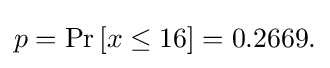
p=\Pr \left[x\leq 16\right]=0.2669.\,\!